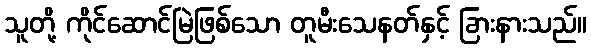
သူတို့ ကိုင်ဆောင်မြဲဖြစ်သော တူမီးသေနတ်နှင့် ခြားနားသည်။